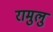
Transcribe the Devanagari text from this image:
रामुलु